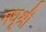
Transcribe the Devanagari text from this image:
मधूश्री